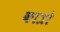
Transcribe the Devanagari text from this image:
कात्रो